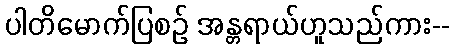
ပါတိမောက်ပြစဉ် အန္တရာယ်ဟူသည်ကား--